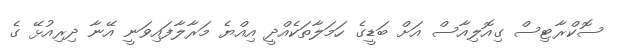
ސޮކްރާޓިސް ގިއޮލިއާސް އަށް ބަޑީގެ ހަމަލާތަކެއްދީ އިއްޔެ މަރާލާފައިވަނީ އޭނާ ދިރިއުޅޭ ގެ